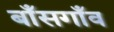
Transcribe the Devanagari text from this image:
बाँसगाँव